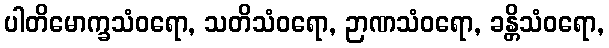
ပါတိမောက္ခသံဝရော, သတိသံဝရော, ဉာဏသံဝရော, ခန္တိသံဝရော,